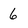
Character: 6